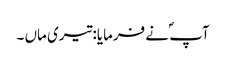
آپ ؐ نے فرمایا: تیری ماں ۔